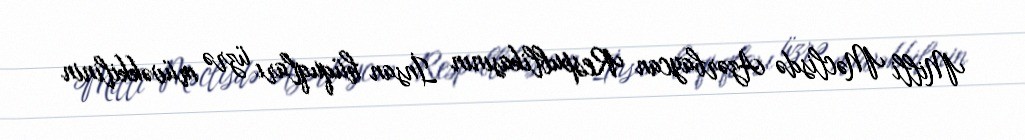
Milli Məclisdə Azərbaycan Respublikasının İnsan hüquqları üzrə müvəkkilinin